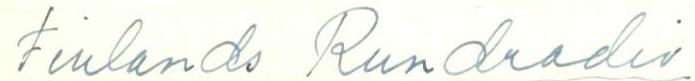
Finlands Rundradio